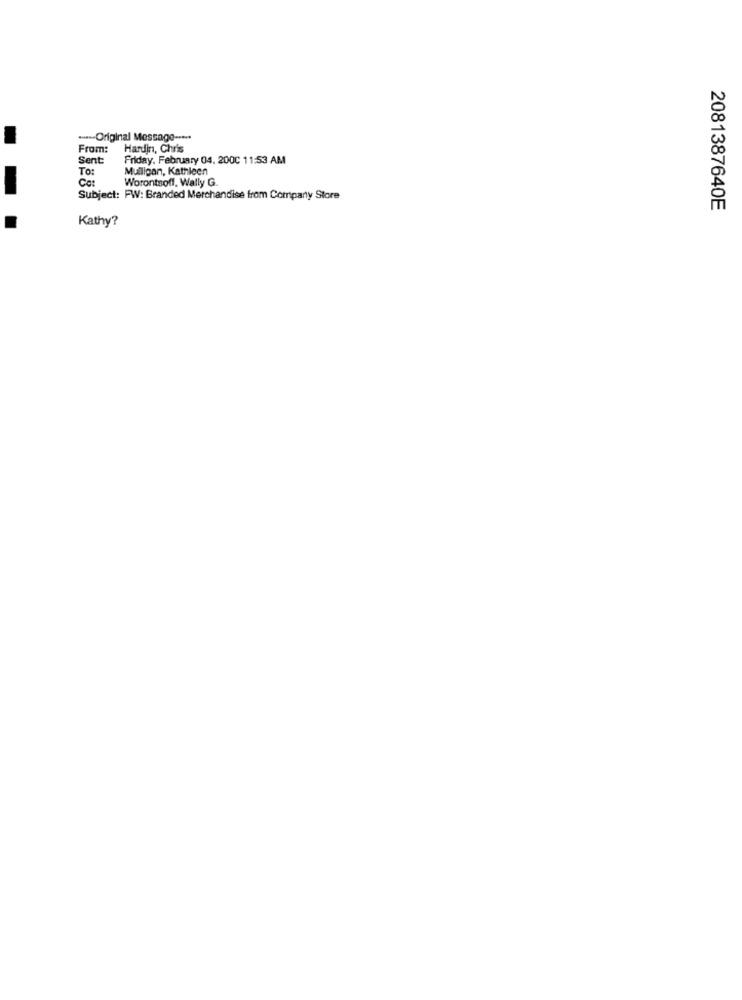
--- Original Message -***
From:
Hardin, Chris
Sent
Friday, February 04, 200C 11:53 AM
To:
Mulligan, Kathleen
Cet
Worontsoff, Wally G.
Subject: FW: Branded Merchandise from Company Store
2081387640E
Kathy?